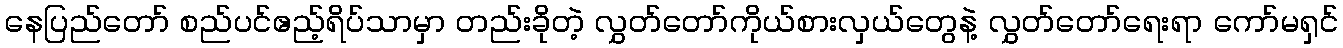
နေပြည်တော် စည်ပင်ဧည့်ရိပ်သာမှာ တည်းခိုတဲ့ လွှတ်တော်ကိုယ်စားလှယ်တွေနဲ့ လွှတ်တော်ရေးရာ ကော်မရှင်